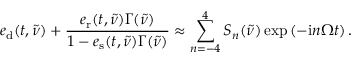
e _ { \mathrm { d } } ( t , \tilde { \nu } ) + \frac { e _ { \mathrm { r } } ( t , \tilde { \nu } ) \Gamma ( \tilde { \nu } ) } { 1 - e _ { \mathrm { s } } ( t , \tilde { \nu } ) \Gamma ( \tilde { \nu } ) } \approx \sum _ { n = - 4 } ^ { 4 } S _ { n } ( \tilde { \nu } ) \exp \left( { - \mathrm { i } n \Omega t } \right) .